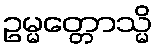
ဥမ္မတ္တောသ္မိ